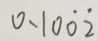
0 . 1 0 \dot { 0 } \dot { 2 }